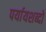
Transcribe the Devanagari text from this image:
पर्यायशब्दों